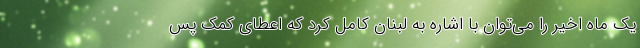
یک ماه اخیر را می‌توان با اشاره به لبنان کامل کرد که اعطای کمک پس